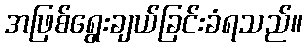
အဖြစ်ရွေးချယ်ခြင်းခံရသည်။